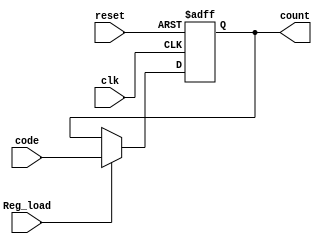
`timescale 1ns / 1ps
//////////////////////////////////////////////////////////////////////////////////
// Company: 
// Engineer: 
// 
// Design Name: 
// Module Name: register
// Project Name: 
// Target Devices: 
// Tool Versions: 
// Description: 
// 
// Dependencies: 
// 
// Revision:
// Revision 0.01 - File Created
// Additional Comments:
// 
//////////////////////////////////////////////////////////////////////////////////


module register(clk,reset,code,Reg_load,count);
input reset;
input [3:0] code;
output [3:0] count;
input Reg_load,clk;
reg [3:0] count;
initial count=4'ha;
always @(posedge clk,posedge reset)
    if(reset) count<=0;
        else
            if(Reg_load) count<=code;
            else count<=count;
endmodule